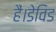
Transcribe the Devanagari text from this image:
हैं।डेविड